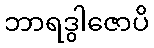
ဘာရဒွါဇောပိ